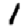
Digit: 1